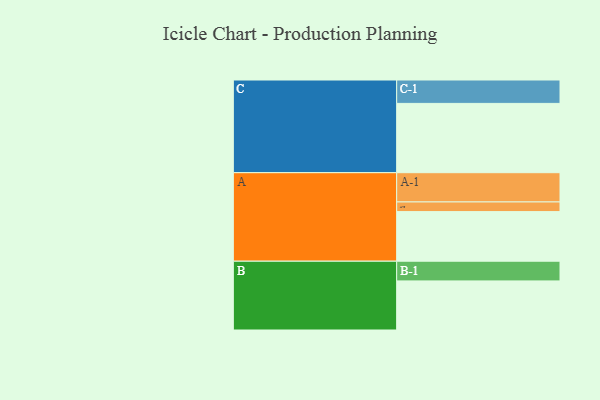
{"axis": {"x": "Segment", "y": "Value"}, "legend": ["", "A", "B", "C"], "data": [{"x": "A", "y": 390, "type": ""}, {"x": "B", "y": 386, "type": ""}, {"x": "C", "y": 545, "type": ""}, {"x": "A-1", "y": 230, "type": "A"}, {"x": "A-2", "y": 76, "type": "A"}, {"x": "B-1", "y": 155, "type": "B"}, {"x": "C-1", "y": 184, "type": "C"}]}